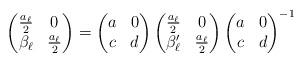
LaTeX: \begin{align*}\begin{pmatrix} \frac{a_\ell}{2} & 0 \\ \beta_\ell & \frac{a_\ell}{2} \end{pmatrix} = \begin{pmatrix} a & 0 \\ c & d \end{pmatrix} \begin{pmatrix} \frac{a_\ell}{2} & 0 \\ \beta_\ell' & \frac{a_\ell}{2} \end{pmatrix} \begin{pmatrix} a & 0 \\ c & d \end{pmatrix}^{-1} \end{align*}